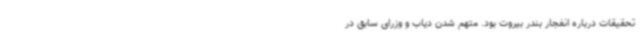
تحقیقات درباره انفجار بندر بیروت بود. متهم شدن دیاب و وزرای سابق در